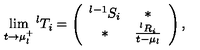
\lim _ { t \rightarrow \mu _ { l } ^ { + } } { } ^ { l } T _ { i } = \left( \begin{array} { c c c c } { { } ^ { l - 1 } S _ { i } } & { \ast } \\ { \ast } & { \frac { { } ^ { l } R _ { i } } { t - \mu _ { l } } } \\ \end{array} \right) ,